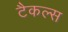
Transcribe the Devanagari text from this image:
टैकल्स